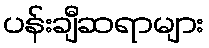
ပန်းချီဆရာများ